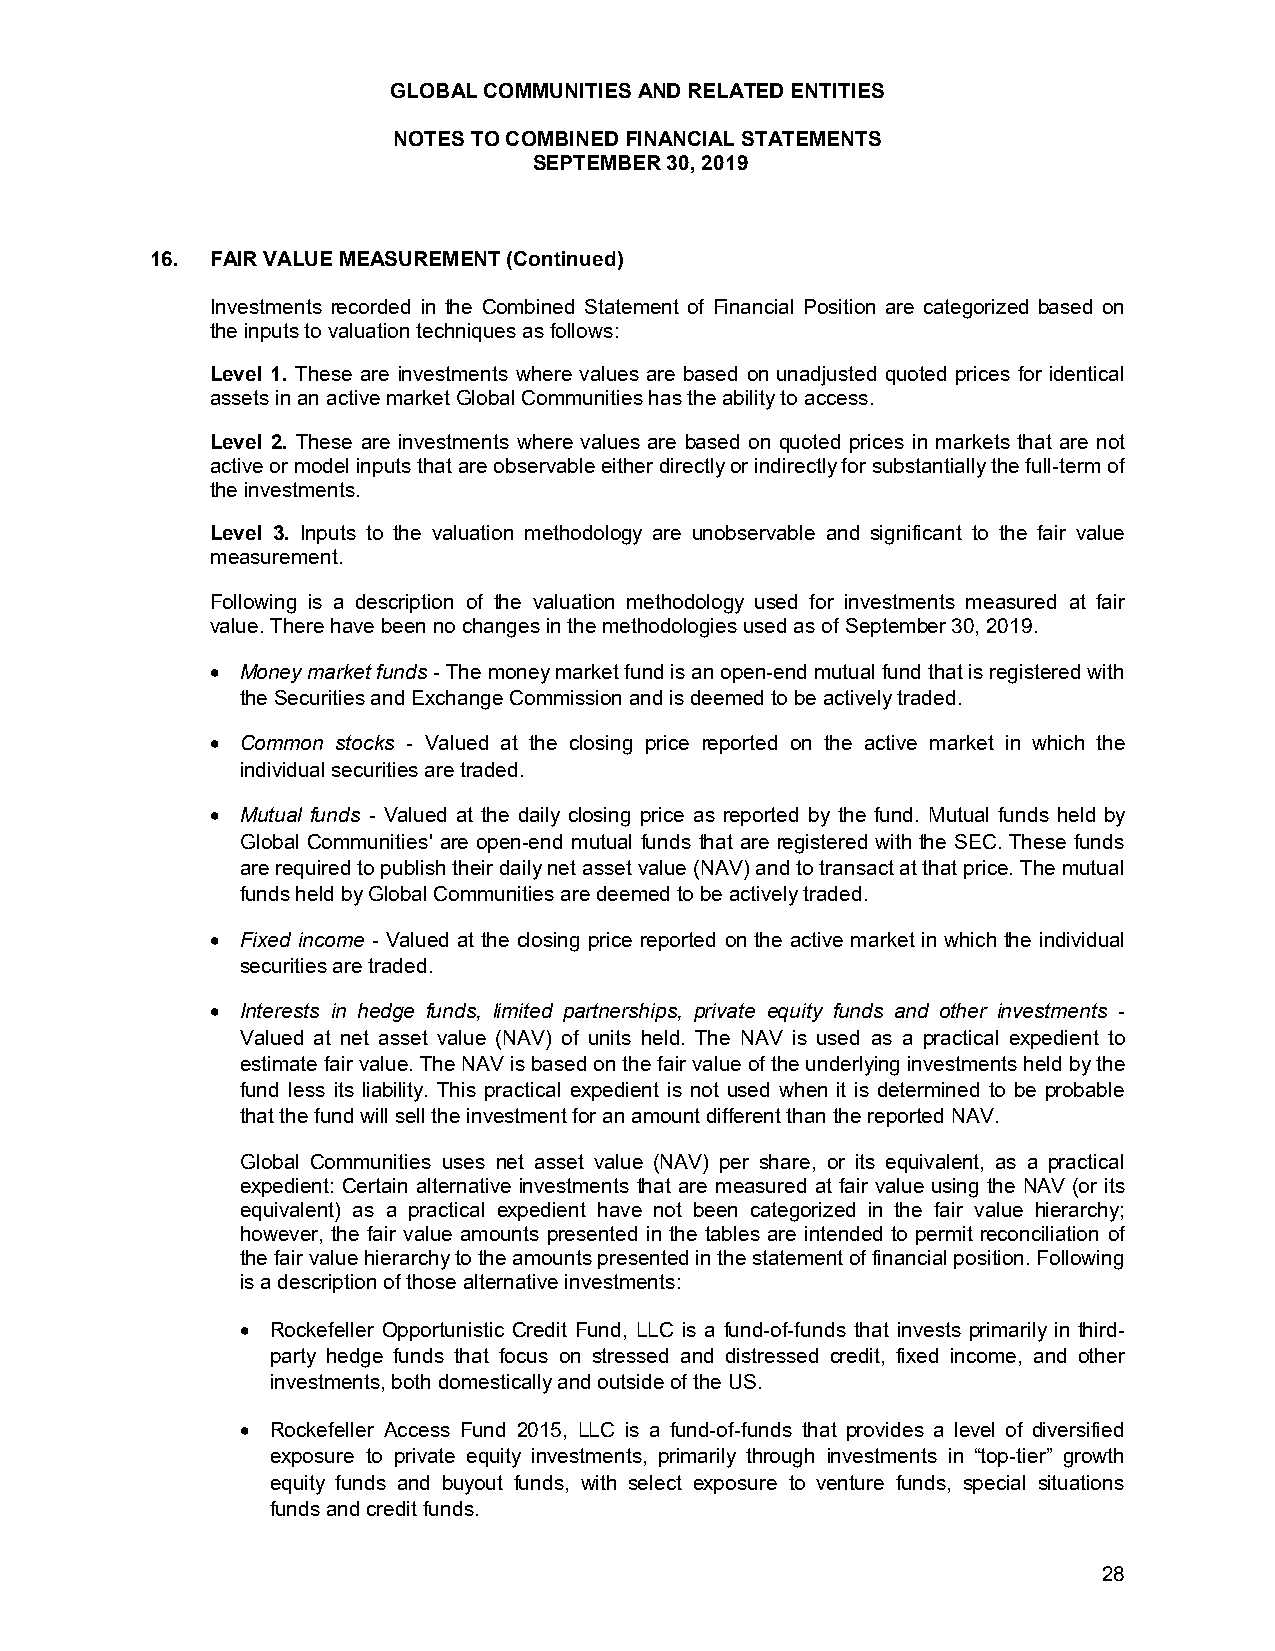
GLOBAL COMMUNITIES AND RELATED ENTITIES
 NOTES TO COMBINED FINANCIAL STATEMENTS
 SEPTEMBER 30, 2019
 16. FAIR VALUE MEASUREMENT (Continued)
 Investments recorded in the Combined Statement of Financial Position are categorized based on
 the inputs to valuation techniques as follows:
 Level 1. These are investments where values are based on unadjusted quoted prices for identical
 assets in an active market Global Communities has the ability to access.
 Level 2. These are investments where values are based on quoted prices in markets that are not
 active or model inputs that are observable either directly or indirectly for substantially the full-term of
 the investments.
 Level 3. Inputs to the valuation methodology are unobservable and significant to the fair value
 measurement.
 Following is a description of the valuation methodology used for investments measured at fair
 value. There have been no changes in the methodologies used as of September 30, 2019.
  Money market funds - The money market fund is an open-end mutual fund that is registered with
 the Securities and Exchange Commission and is deemed to be actively traded.
  Common stocks - Valued at the closing price reported on the active market in which the
 individual securities are traded.
  Mutual funds - Valued at the daily closing price as reported by the fund. Mutual funds held by
 Global Communities' are open-end mutual funds that are registered with the SEC. These funds
 are required to publish their daily net asset value (NAV) and to transact at that price. The mutual
 funds held by Global Communities are deemed to be actively traded.
  Fixed income - Valued at the closing price reported on the active market in which the individual
 securities are traded.
  Interests in hedge funds, limited partnerships, private equity funds and other investments -
 Valued at net asset value (NAV) of units held. The NAV is used as a practical expedient to
 estimate fair value. The NAV is based on the fair value of the underlying investments held by the
 fund less its liability. This practical expedient is not used when it is determined to be probable
 that the fund will sell the investment for an amount different than the reported NAV.
 Global Communities uses net asset value (NAV) per share, or its equivalent, as a practical
 expedient: Certain alternative investments that are measured at fair value using the NAV (or its
 equivalent) as a practical expedient have not been categorized in the fair value hierarchy;
 however, the fair value amounts presented in the tables are intended to permit reconciliation of
 the fair value hierarchy to the amounts presented in the statement of financial position. Following
 is a description of those alternative investments:
  Rockefeller Opportunistic Credit Fund, LLC is a fund-of-funds that invests primarily in third-
 party hedge funds that focus on stressed and distressed credit, fixed income, and other
 investments, both domestically and outside of the US.
  Rockefeller Access Fund 2015, LLC is a fund-of-funds that provides a level of diversified
 exposure to private equity investments, primarily through investments in “top-tier” growth
 equity funds and buyout funds, with select exposure to venture funds, special situations
 funds and credit funds.
 28